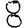
Digit: 8